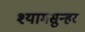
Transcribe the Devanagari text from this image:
श्यामसुन्हर